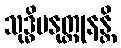
သုဒ္ဓိမနုတ္ထုနန္တိ